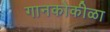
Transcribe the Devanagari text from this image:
गानकोकीळा